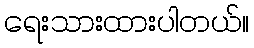
ရေးသားထားပါတယ်။